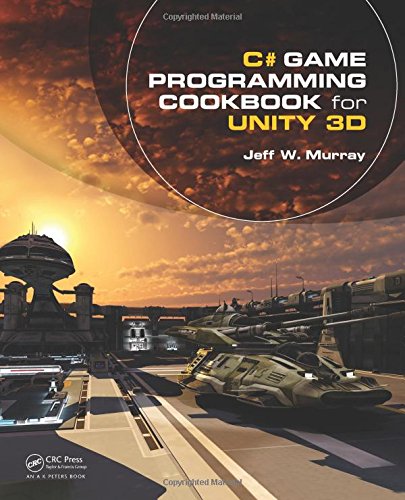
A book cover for C# Game Programming Cookbook for Unity 3D; Jeff  W. Murray; Computers & Technology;